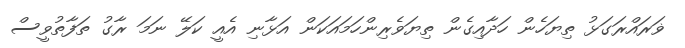
ޥަރައްރަގަޅު ތިޔަހެން ހަދާއިގެން ތިޔަވެރިންހަމައަކަން އަޅާނި އެއީ ކަލޭ ނަމަ ރާގު ތަފާތުވީސް